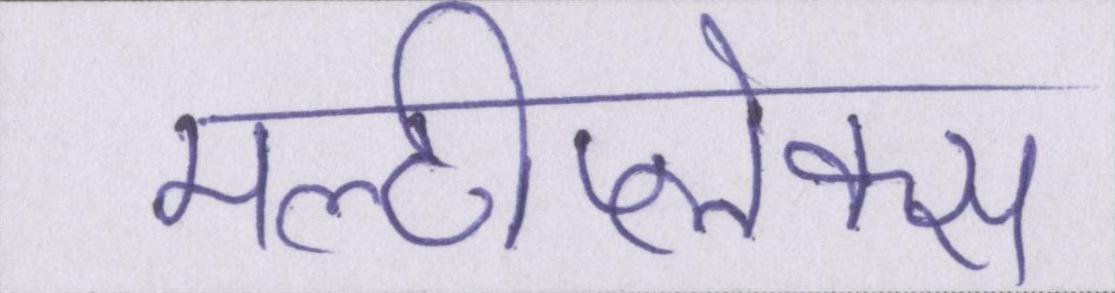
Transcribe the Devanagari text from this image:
मल्टीप्लेक्स